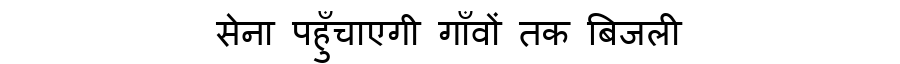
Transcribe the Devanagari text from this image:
सेना पहुँचाएगी गाँवों तक बिजली